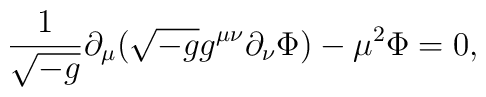
\frac{1}{\sqrt{-g}} \partial_\mu ( \sqrt{-g} g^{\mu \nu}  \partial_\nu \Phi ) - \mu^2 \Phi = 0,